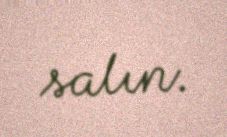
salın.